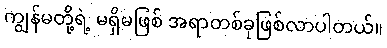
ကျွန်မတို့ရဲ့ မရှိမဖြစ် အရာတစ်ခုဖြစ်လာပါတယ်။